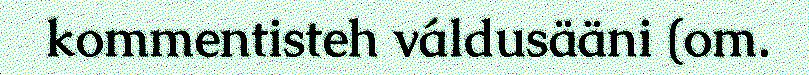
kommentisteh váldusääni (om.